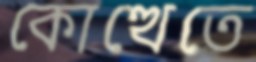
কোত্থেতে